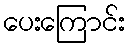
ပေးကြောင်း